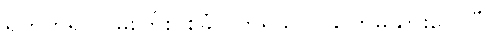
ရုတ်တရက် မိုးကြိုးပစ်ခံလိုက်ရသလို ကြေမွသွားလေပြီ။